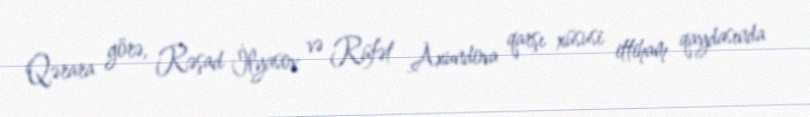
Qərara görə, Rəşad İlyasov və Rüfət Axundova qarşı xüsusi ittiham qaydasında